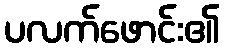
ပလက်ဖောင်း၏